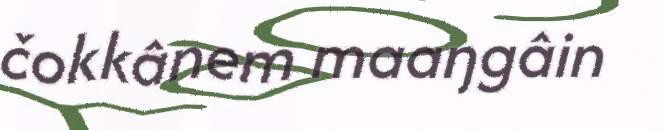
čokkânem maaŋgâin